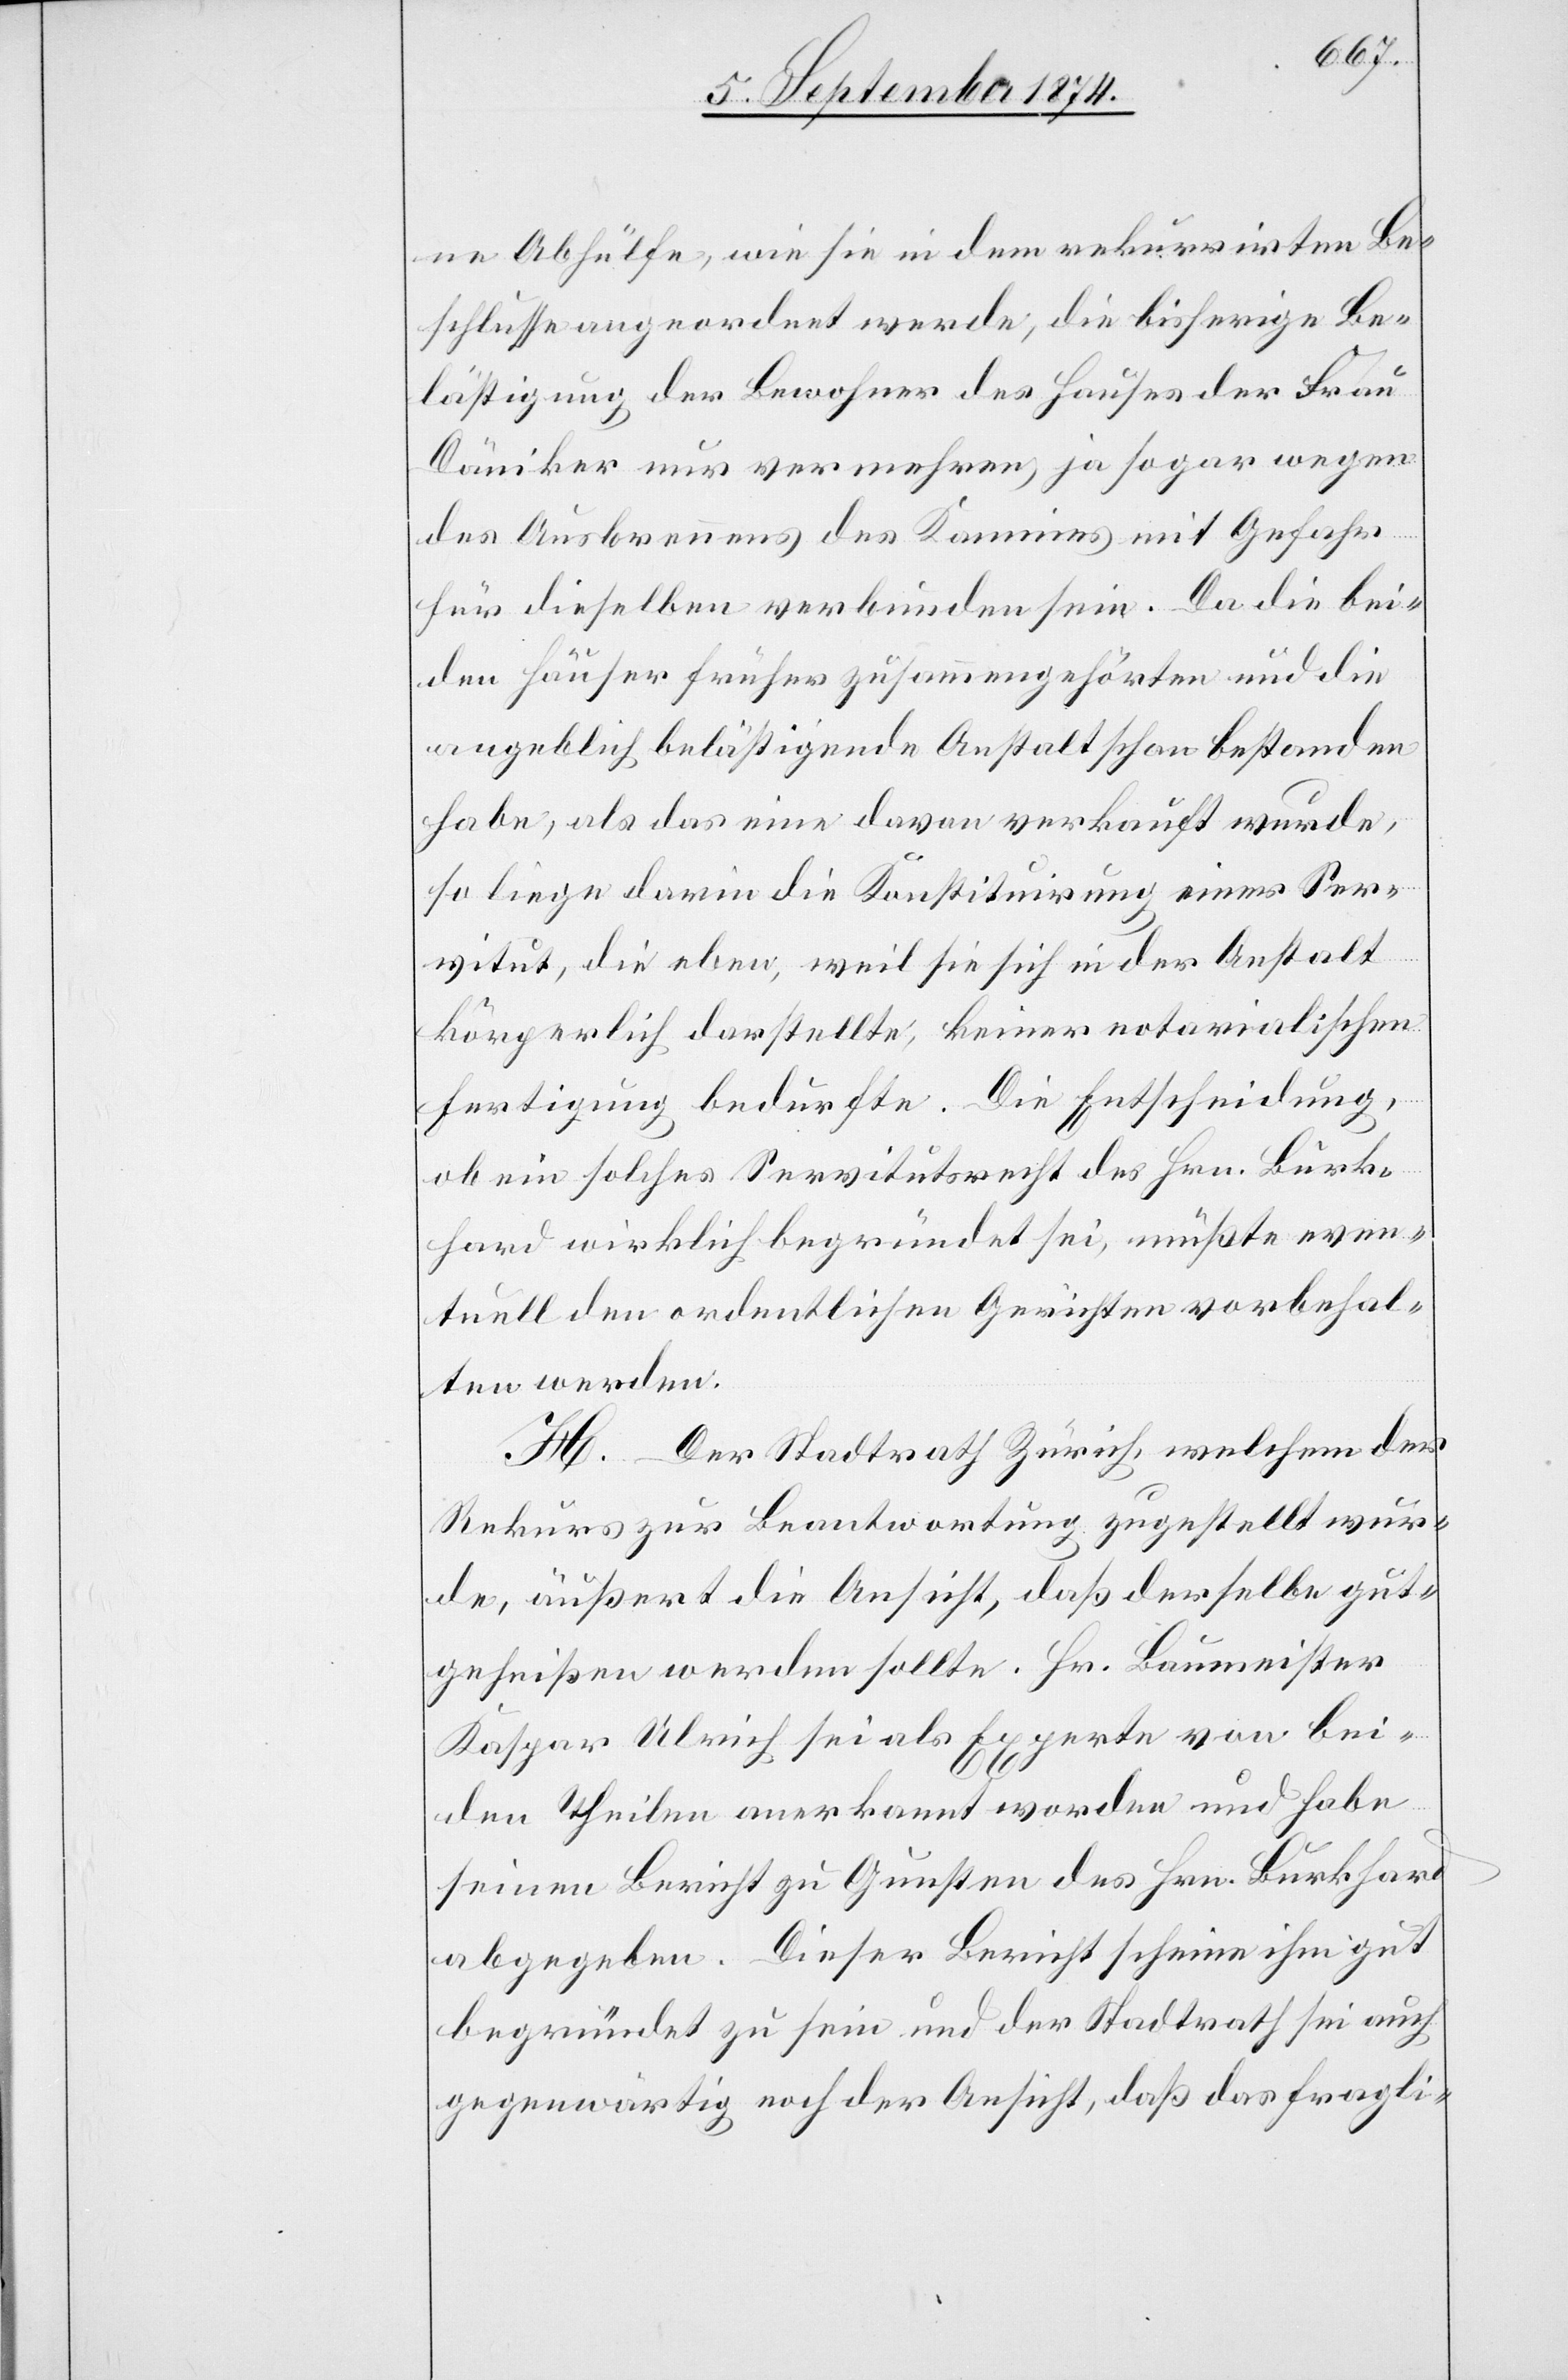
ne Abhülfe, wie sie in dem rekurrirten Be¬
schlusse angeordnet werde, die bisherige Be¬
lästigung der Bewohner des Hauses der Frau
Däniker nur vermehren, ja sogar wegen
des Ausbrennens des Kamins mit Gefahr
für dieselben verbunden sein. Da die bei¬
den Häuser früher zusammengehörten und die
angeblich belästigende Anstalt schon bestanden
habe, als das eine davon verkauft wurde,
so liege darin die Konstituirung einer Ser¬
vitut, die eben, weil sie sich in der Anstalt
körperlich darstellte, keiner notarialischen
Fertigung bedurfte. Die Entscheidung,
ob ein solches Servitutsrecht des Hrn. Burk¬
hard wirklich begründet sei, müßte even¬
tuell den ordentlichen Gerichten vorbehal¬
ten werden.
H. Der Stadtrath Zürich, welchem der
Rekurs zur Beantwortung zugestellt wur¬
de, äußert die Ansicht, daß derselbe gut¬
geheißen werden sollte. Hr. Baumeister
Kaspar Ulrich sei als Experte von bei¬
den Theilen anerkannt worden und habe
seinem Bericht zu Gunsten des Hrn. Burkhard
abgegeben. Dieser Bericht scheine ihm gut
begründet zu sein und der Stadtrath sei auch
gegenwärtig noch der Ansicht, daß das fragli-